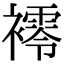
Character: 䙥